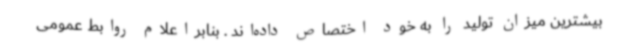
بیشترین میزان تولید را به خود اختصاص داده‌اند . بنابراعلام روابط عمومی